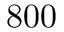
8 0 0